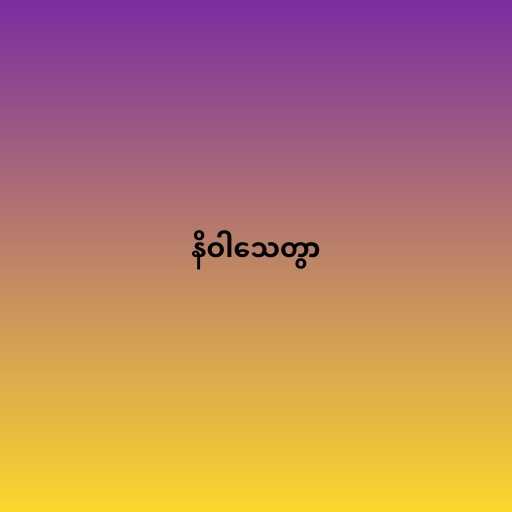
နိဝါသေတွာ